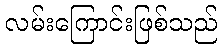
လမ်းကြောင်းဖြစ်သည်